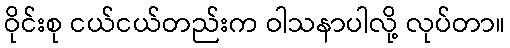
ဝိုင်းစု ငယ်ငယ်တည်းက ဝါသနာပါလို့ လုပ်တာ။